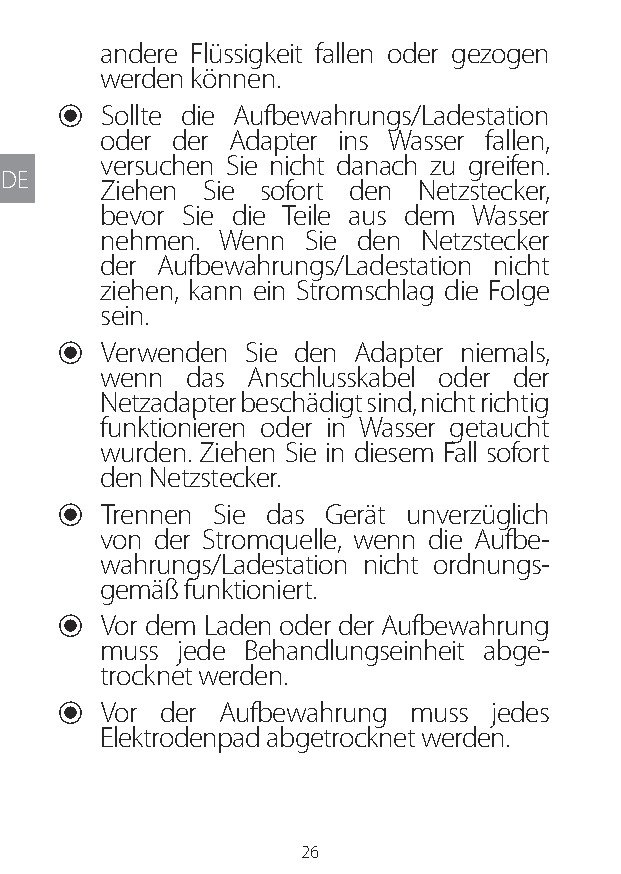
andere Flüssigkeit fallen oder gezogen
 werden können.
 U Sollte die Aufbewahrungs/Ladestation
 oder der Adapter ins Wasser fallen,
 versuchen Sie nicht danach zu greifen.
 DE
 Ziehen Sie sofort den Netzstecker,
 bevor Sie die Teile aus dem Wasser
 nehmen. Wenn  Sie den Netzstecker
 der Aufbewahrungs/Ladestation nicht
 ziehen, kann ein Stromschlag die Folge
 sein.
 U Verwenden Sie den Adapter niemals,
 wenn  das Anschlusskabel oder der
 Netzadapter beschädigt sind, nicht richtig
 funktionieren oder in Wasser getaucht
 wurden. Ziehen Sie in diesem Fall sofort
 den Netzstecker.
 U Trennen Sie das Gerät unverzüglich
 von der Stromquelle, wenn die Aufbe-
 wahrungs/Ladestation nicht ordnungs-
 gemäß funktioniert.
 U Vor dem Laden oder der Aufbewahrung
 muss jede Behandlungseinheit abge-
 trocknet werden.
 U Vor der Aufbewahrung muss jedes
 Elektrodenpad abgetrocknet werden.
 26
 Lipo UM EU124 3545B inside ALL EU124 ED296-24 release.indd 26 14/08/2018 10:57:33